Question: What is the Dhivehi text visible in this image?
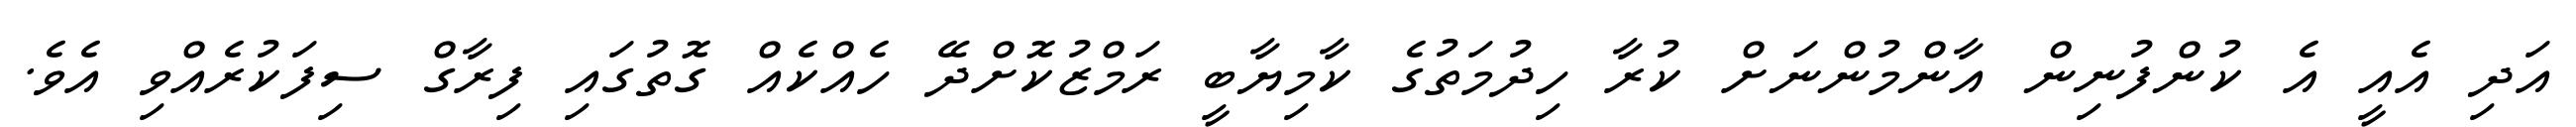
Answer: އަދި އެއީ އެ ކުންފުނިން އާންމުންނަށް ކުރާ ހިދުމަތުގެ ކާމިޔާބީ ރަމްޒުކޮށްދޭ ހެއްކެއް ގޮތުގައި ފިރާގް ސިފަކުރެއްވި އެވެ.